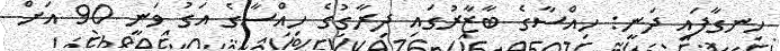
ހިނގާފައި ދަނީ: ހިއްސާގެ ބާޒާރުގައި ދިރާގުގެ ހިއްސާގެ އަގު ވަނީ 90 އަށް